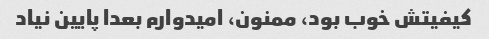
کیفیتش خوب بود، ممنون، امیدوارم بعدا پایین نیاد